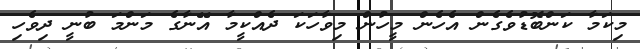
މިކަމާ ކަންބޮޑުވެގެން އެހެން މީހުން މިވާހަކަ ދެއްކީމާ އޭނާގެ މަންމަ ބުނީ ދިވެހި